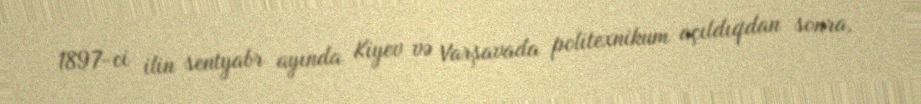
1897-ci ilin sentyabr ayında Kiyev və Varşavada politexnikum açıldıqdan sonra,